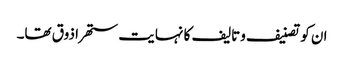
ان کو تصنیف وتالیف کا نہایت ستھرا ذوق تھا۔